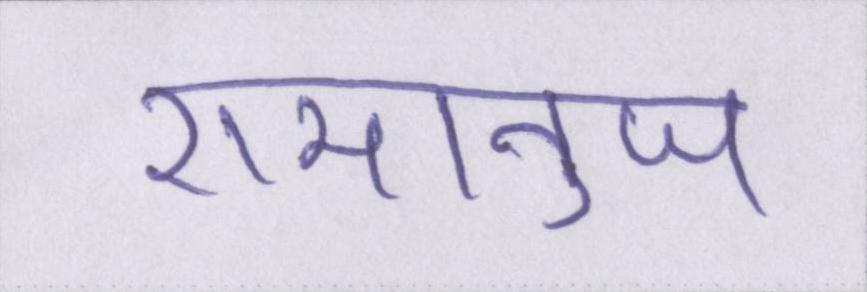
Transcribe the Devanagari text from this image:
रामानुज